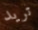
تريد